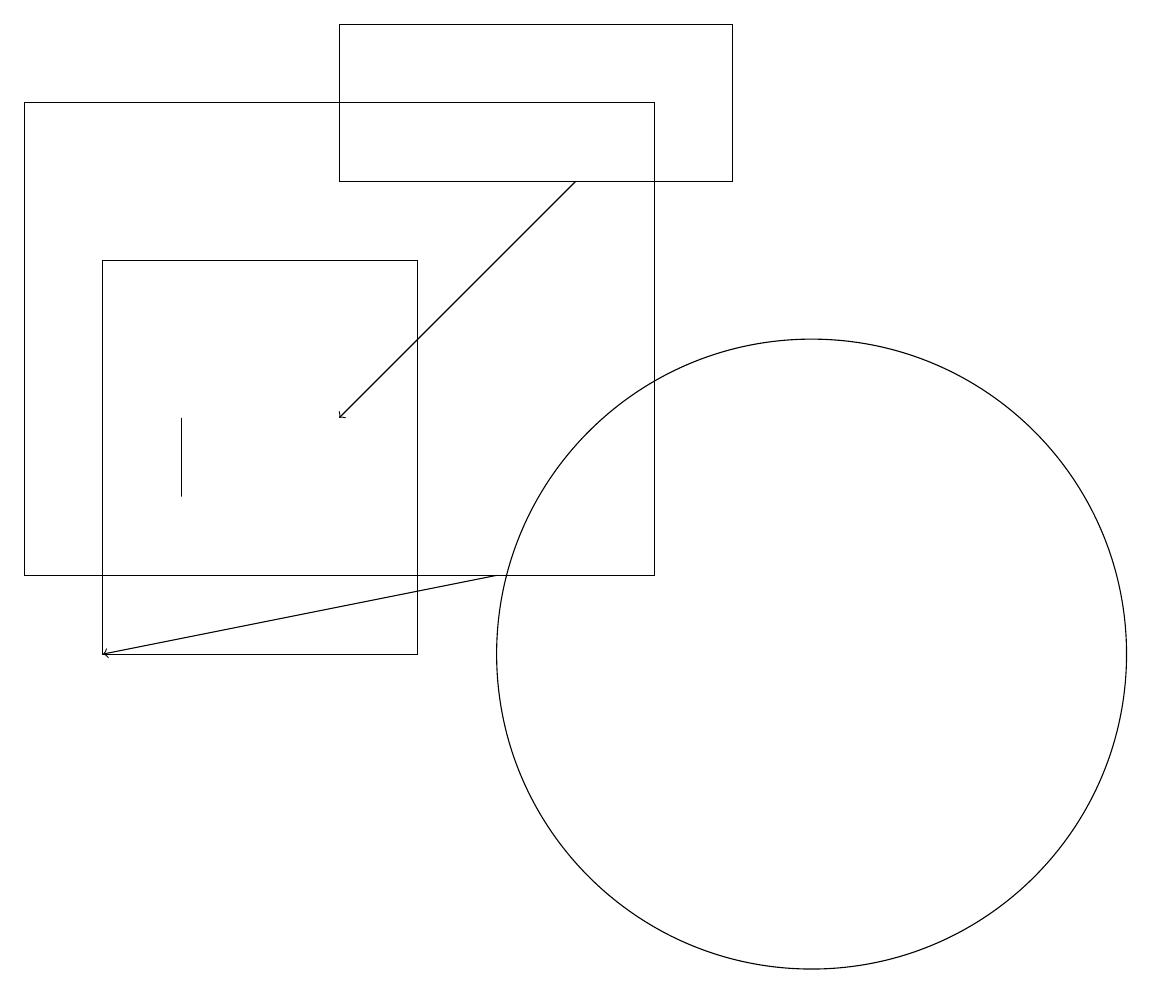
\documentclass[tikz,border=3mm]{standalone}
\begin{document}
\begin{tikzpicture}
\draw (5,16) rectangle (1,11);
\draw (9,17) rectangle (4,19);
\draw (8,12) rectangle (0,18);
\draw (10,11) circle (4);
\draw (2,13) rectangle (2,14);
\draw[->] (7,17) -- (4,14);
\draw[->] (6,12) -- (1,11);
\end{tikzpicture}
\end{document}